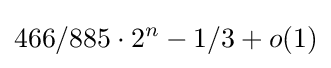
466/885\cdot 2^{n}-1/3+o(1)